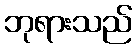
ဘုရားသည်